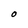
Character: O